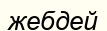
жебдей